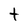
Character: t